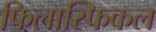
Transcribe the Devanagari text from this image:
फिलास्फिकल